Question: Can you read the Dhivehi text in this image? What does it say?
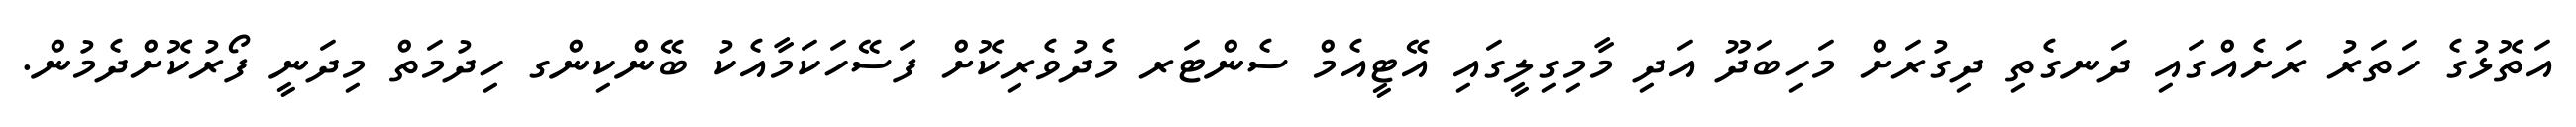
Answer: އަތޮޅުގެ ހަތަރު ރަށެއްގައި ދަނގެތި ދިގުރަށް މަހިބަދޫ އަދި މާމިގިލީގައި އޭޓީއެމް ސެންޓަރ މެދުވެރިކޮށް ފަސޭހަކަމާއެކު ބޭންކިންގ ހިދުމަތް މިދަނީ ފޯރުކޮށްދެމުން.